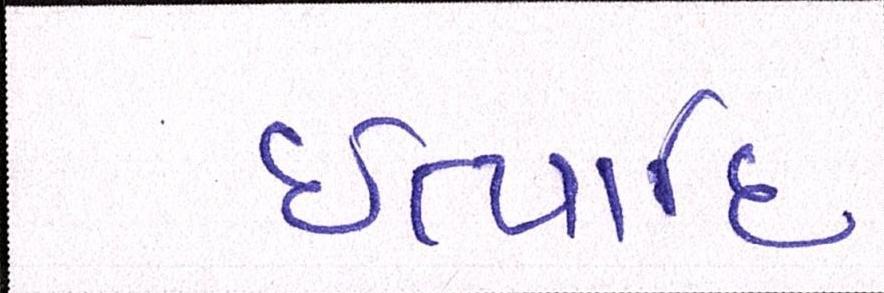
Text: ઈત્યાદિ